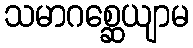
သမာဂစ္ဆေယျာမ